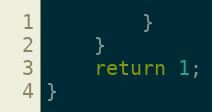
Language: C
        }
    }
    return 1;
}